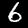
Digit: 6